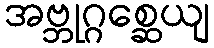
အဗ္ဘုဂ္ဂစ္ဆေယျ